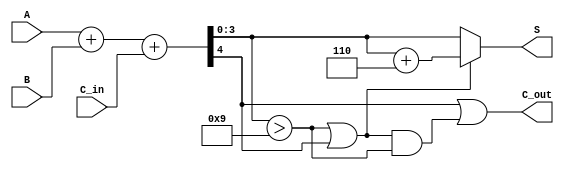
module BCD_Fast_Adder (
    input  wire [3:0] A,      // First BCD digit
    input  wire [3:0] B,      // Second BCD digit
    input  wire C_in,         // Carry-in
    output wire [3:0] S,      // Resultant BCD sum
    output wire C_out         // Carry-out
);

    // Intermediate signals
    wire [4:0] Sum;           // 5-bit sum to hold A + B + C_in
    wire correction_needed;    // Flag for correction
    wire [3:0] corrected_sum;  // Corrected sum after adding 6

    // Step 1: Perform binary addition
    assign Sum = A + B + C_in;

    // Step 2: Check for BCD correction condition
    assign correction_needed = (Sum[3:0] > 9) || (Sum[4] == 1);

    // Step 3: Apply correction if needed
    assign corrected_sum = Sum[3:0] + 4'b0110; // Add 6 in binary for BCD correction

    // Step 4: Generate final BCD output
    assign S = correction_needed ? corrected_sum[3:0] : Sum[3:0];
    
    // Step 5: Determine Carry-out
    assign C_out = (Sum[4] == 1) || (correction_needed && Sum[3:0] > 9);

endmodule